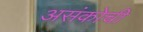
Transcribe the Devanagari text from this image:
असंकोची